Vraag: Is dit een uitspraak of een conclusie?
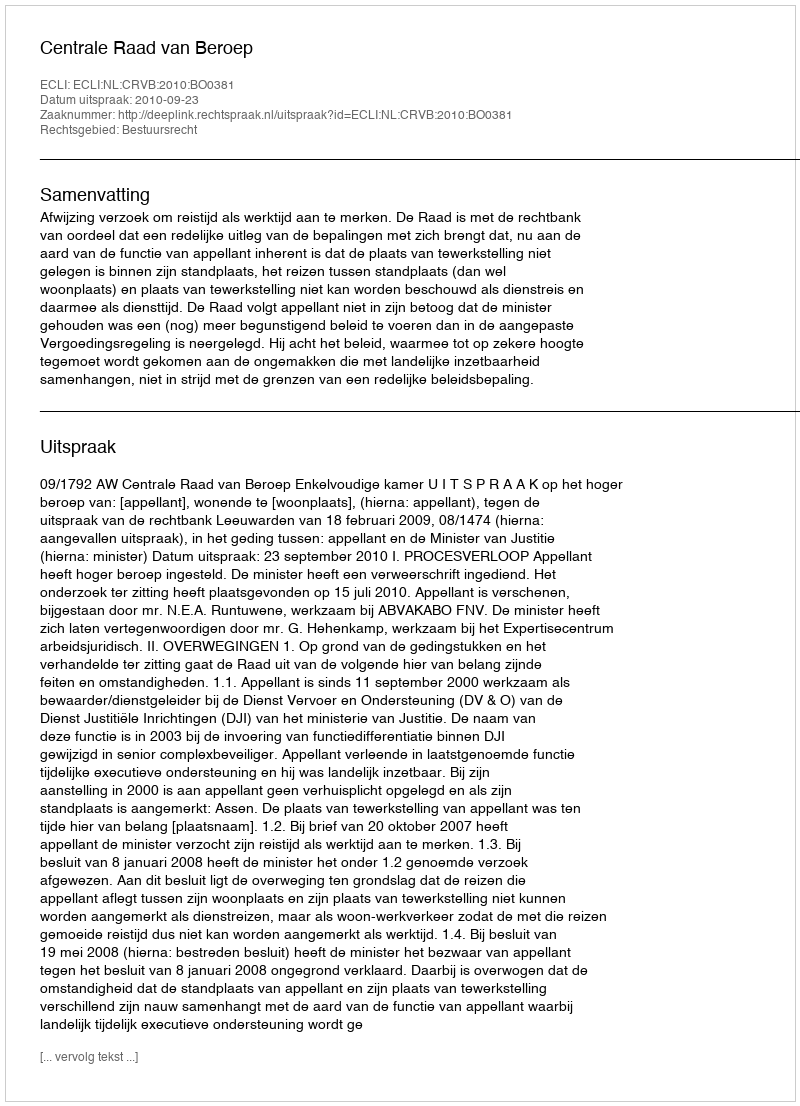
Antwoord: Uitspraak